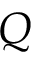
Q